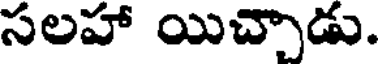
సలహా యిచ్చాడు.